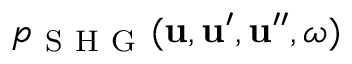
p _ { \mathrm { ~ S ~ H ~ G ~ } } ( \boldsymbol { \mathbf { u } } , \boldsymbol { \mathbf { u } } ^ { \prime } , \boldsymbol { \mathbf { u } } ^ { \prime \prime } , \omega )